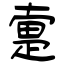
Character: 疐